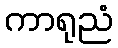
ကာရုညံ